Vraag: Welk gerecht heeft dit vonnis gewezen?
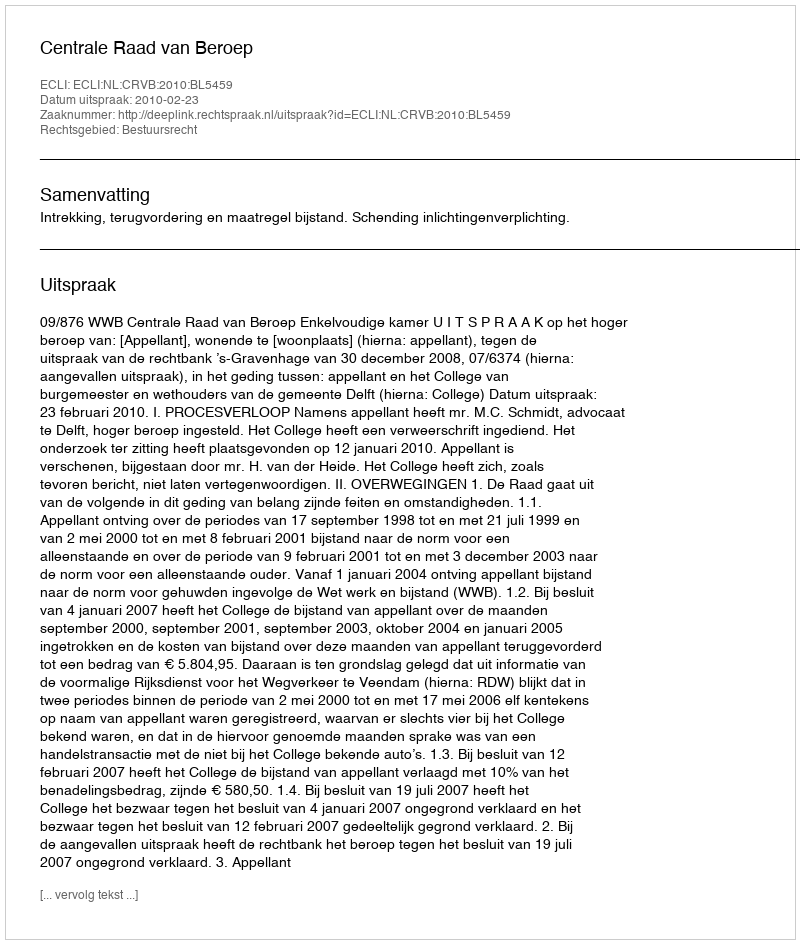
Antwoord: Centrale Raad van Beroep